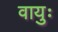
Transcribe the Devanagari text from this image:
वायुः